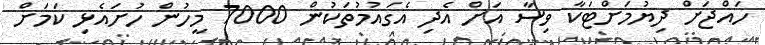
ހައްޖަށް ދިޔުމަށްޓަކާ ވިސާ އަށް އެދި އެގައުމުތަކުން 7000 މީހުން ހުށައެޅި ކަމަށް